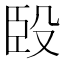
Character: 𰯯